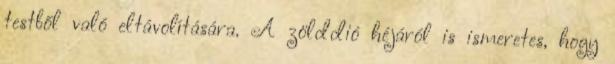
testből való eltávolítására. A zölddió héjáról is ismeretes, hogy